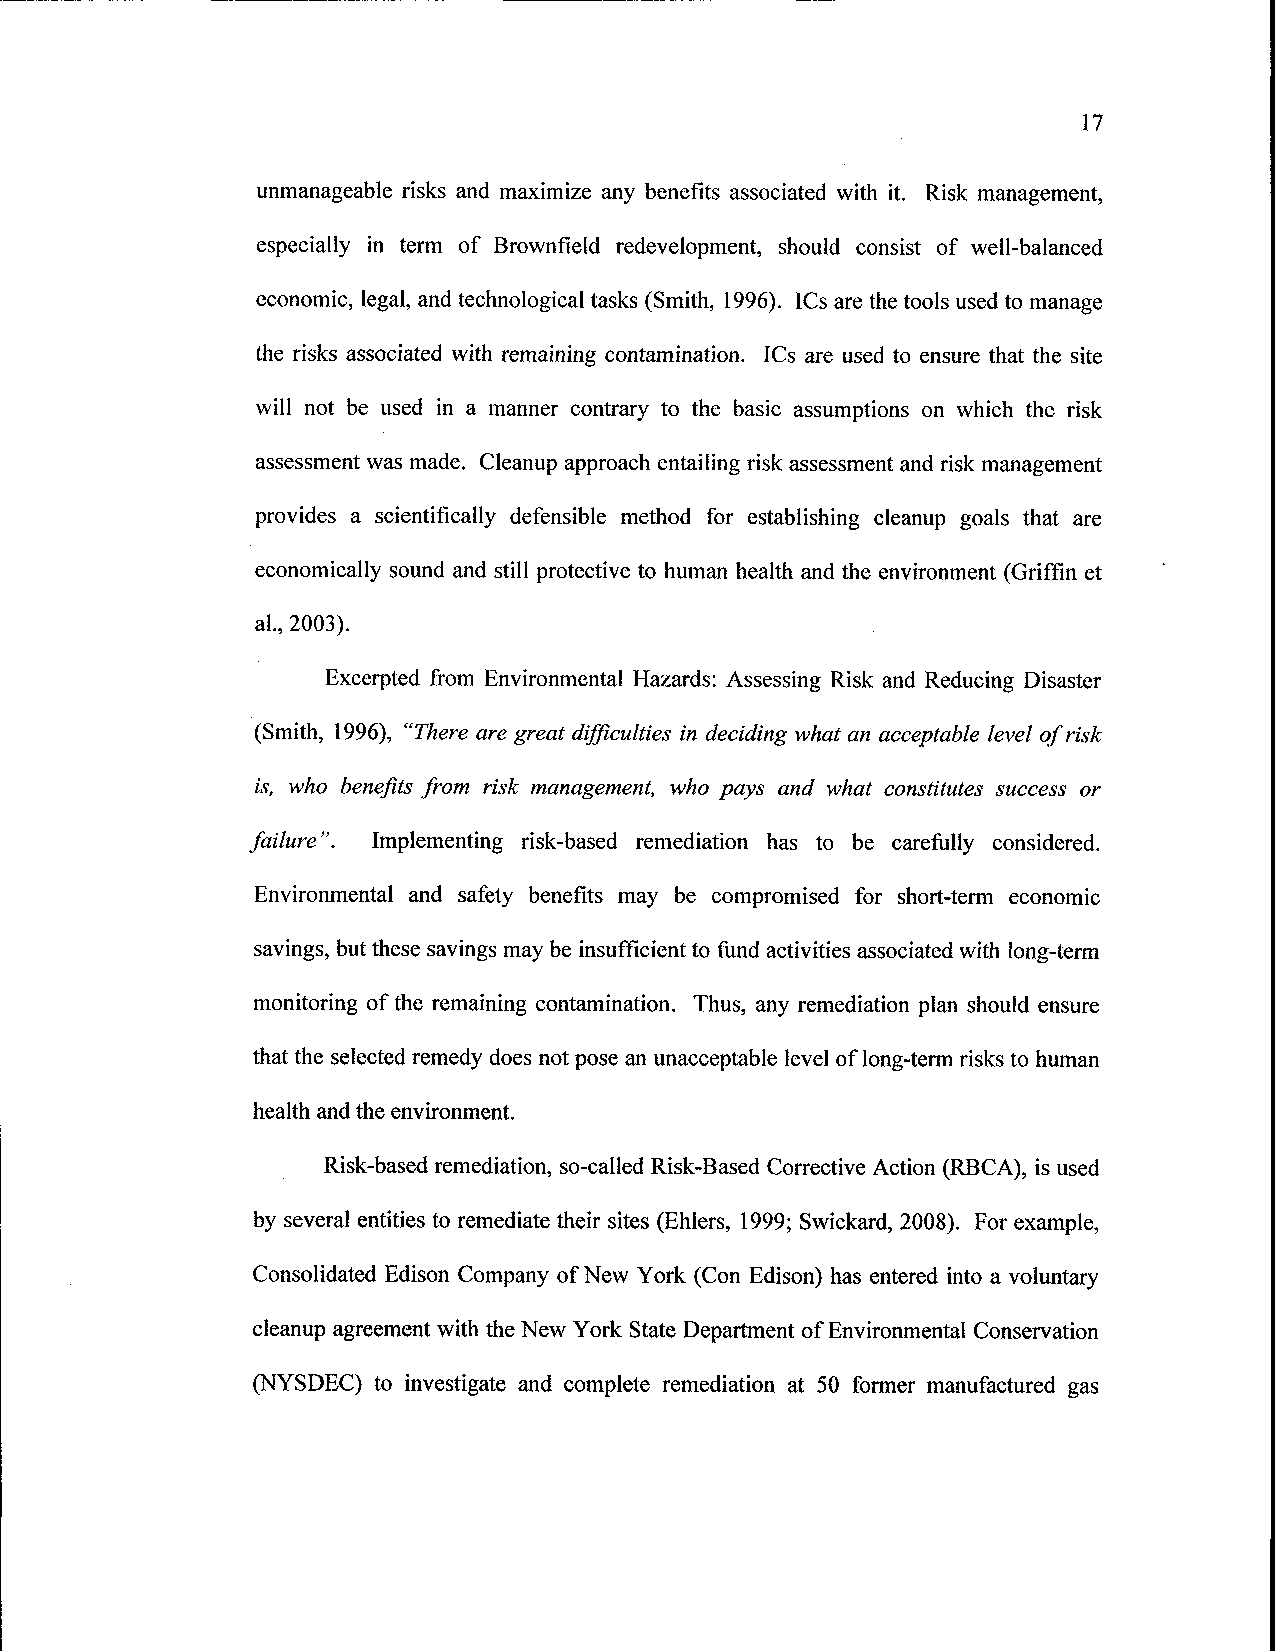
17
 unmanageable risks and maximize any benefits associated with it. Risk management,
 especially in term of Brownfield redevelopment, should consist of well-balanced
 economic, legal, and technological tasks (Smith, 1996). ICs are the tools used to manage
 the risks associated with remaining contamination. ICs are used to ensure that the site
 will not be used in a manner contrary to the basic assumptions on which the risk
 assessment was made. Cleanup approach entailing risk assessment and risk management
 provides a scientifically defensible method for establishing cleanup goals that are
 economically sound and still protective to human health and the environment (Griffin et
 al., 2003).
 Excerpted from Environmental Hazards: Assessing Risk and Reducing Disaster
 (Smith, 1996), "There are great difficulties in deciding what an acceptable level of risk
 is, who benefits from risk management, who pays and what constitutes success or
 failure". Implementing risk-based remediation has to be carefully considered.
 Environmental and safety benefits may be compromised for short-term economic
 savings, but these savings may be insufficient to fund activities associated with long-term
 monitoring of the remaining contamination. Thus, any remediation plan should ensure
 that the selected remedy does not pose an unacceptable level of long-term risks to human
 health and the environment.
 Risk-based remediation, so-called Risk-Based Corrective Action (RBCA), is used
 by several entities to remediate their sites (Ehlers, 1999; Swickard, 2008). For example,
 Consolidated Edison Company of New York (Con Edison) has entered into a voluntary
 cleanup agreement with the New York State Department of Environmental Conservation
 (NYSDEC) to investigate and complete remediation at 50 former manufactured gas